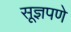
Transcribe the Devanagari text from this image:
सूज्ञपणे